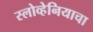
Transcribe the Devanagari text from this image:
स्लोव्हेनियाचा